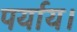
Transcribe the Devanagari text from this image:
पर्याय।